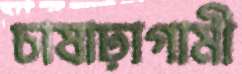
চাষাঢ়াগামী